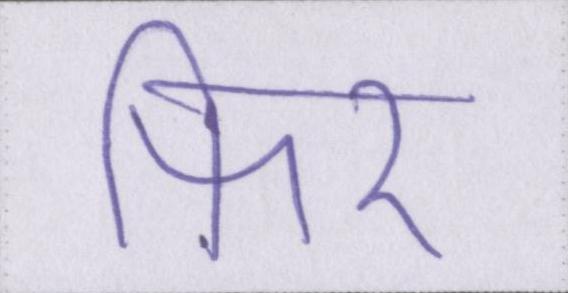
फिर